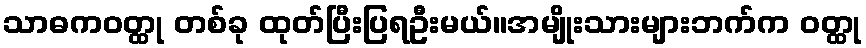
သာဓကဝတ္ထု တစ်ခု ထုတ်ပြီးပြရဦးမယ်။အမျိုးသားများဘက်က ဝတ္ထု